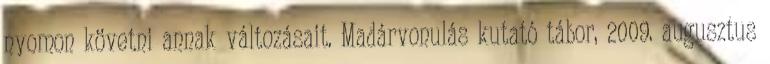
nyomon követni annak változásait. Madárvonulás kutató tábor, 2009. augusztus